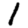
Digit: 1